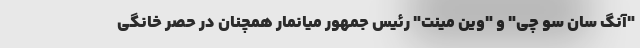
"آنگ سان سو چی" و "وین مینت" رئیس جمهور میانمار همچنان در حصر خانگی